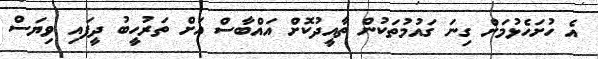
އެ ހުށަހެޅުމަށް ގިނަ ގައުމުތަކުން ތާއީދުކޮށް އައްބާސް އަށް ތަރުހީބު ދީފައި ވިޔަސް